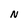
Character: N